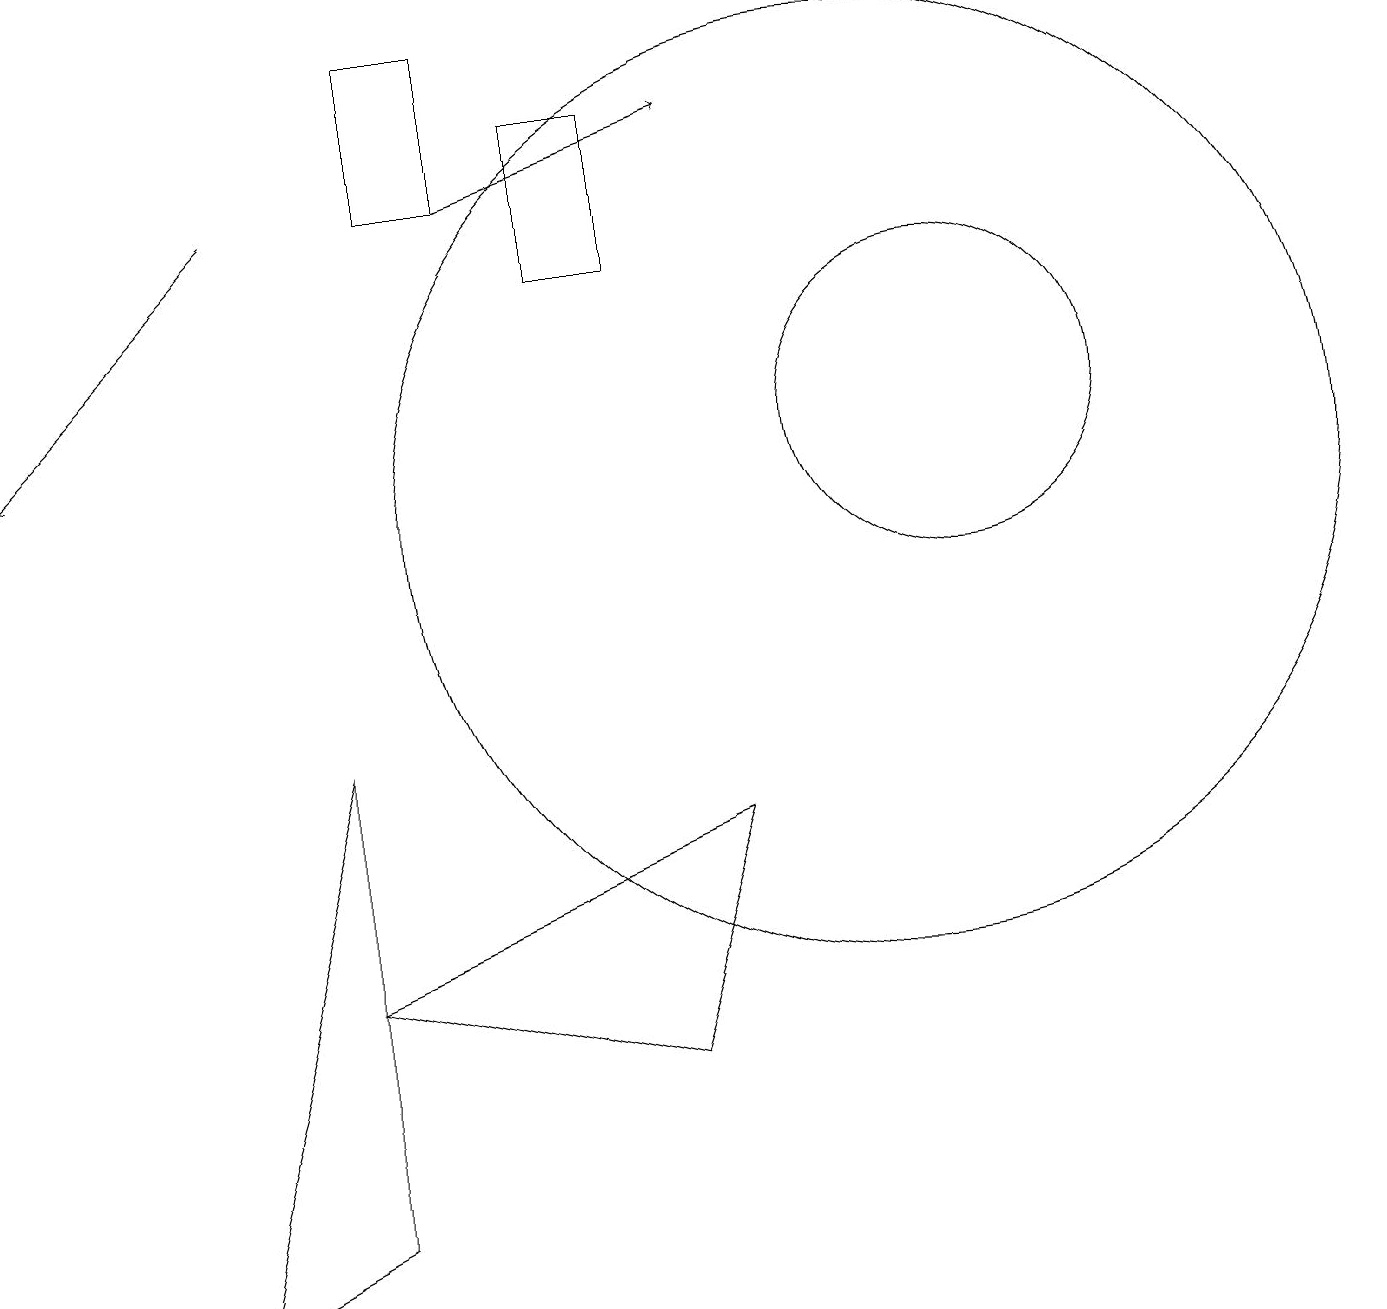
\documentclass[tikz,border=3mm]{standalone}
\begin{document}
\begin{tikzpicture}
\draw (9,7) -- (4,5) -- (8,4) -- cycle;
\draw (6,17) rectangle (5,15);
\draw (12,12) circle (2);
\draw[->] (3,15) -- (0,12);
\draw (11,11) circle (6);
\draw (4,8) -- (4,2) -- (2,1) -- cycle;
\draw[->] (6,15) -- (9,16);
\draw (8,14) rectangle (7,16);
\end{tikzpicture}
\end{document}